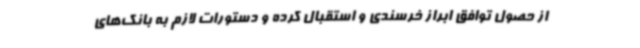
از حصول توافق ابراز خرسندی و استقبال کرده و دستورات لازم به بانک‌های